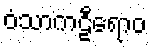
ဝံသာကဠီရောဝ